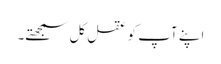
اپنے آپ کو عقل کل سمجھتے۔